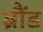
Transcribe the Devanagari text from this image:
ब्रौंड